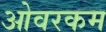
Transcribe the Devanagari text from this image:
ओवरकम